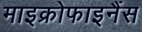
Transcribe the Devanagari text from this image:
माइक्रोफाइनैंस